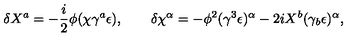
\delta X ^ { a } = - \frac { i } { 2 } \phi ( \chi \gamma ^ { a } \epsilon ) , \qquad \delta \chi ^ { \alpha } = - \phi ^ { 2 } ( \gamma ^ { 3 } \epsilon ) ^ { \alpha } - 2 i X ^ { b } ( \gamma _ { b } \epsilon ) ^ { \alpha } ,